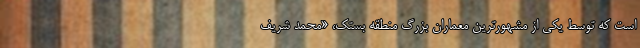
است که توسط یکی از مشهورترین معماران بزرگ منطقه بستک، «محمد شریف